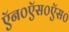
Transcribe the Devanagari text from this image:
ऍन०ऍस०ऍस०